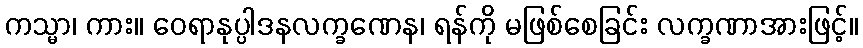
ကသ္မာ၊ ကား။ ဝေရာနုပ္ပါဒနလက္ခဏေန၊ ရန်ကို မဖြစ်စေခြင်း လက္ခဏာအားဖြင့်။